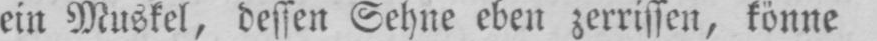
ein Muskel, dessen Sehne eben zerrissen, könne